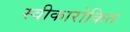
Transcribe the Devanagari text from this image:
स्वीकारोकित